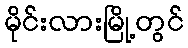
မိုင်းလားမြို့တွင်